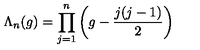
\Lambda _ { n } ( g ) = \prod _ { j = 1 } ^ { n } \left( g - \frac { j ( j - 1 ) } { 2 } \right)